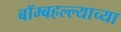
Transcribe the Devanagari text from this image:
बॉम्बहल्ल्याच्या